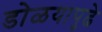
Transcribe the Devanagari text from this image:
डोळयापुढे